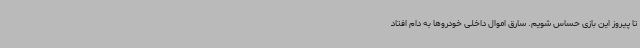
تا پیروز این بازی حساس شویم. سارق اموال داخلی خودروها به دام افتاد